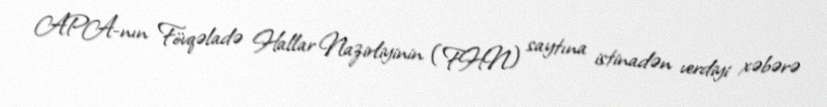
APA-nın Fövqəladə Hallar Nazirliyinin (FHN) saytına istinadən verdiyi xəbərə